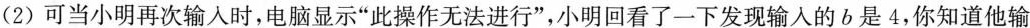
(2)可当小明再次输入时，电脑显示”此操作无法进行”，小明回看了一下发现输入的b是4，你知道他输